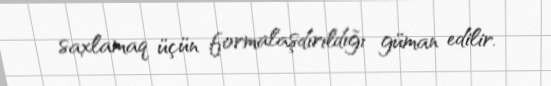
saxlamaq üçün formalaşdırıldığı güman edilir.